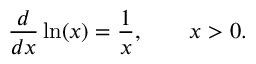
{ \frac { d } { d x } } \ln ( x ) = { \frac { 1 } { x } } , \qquad x > 0 .